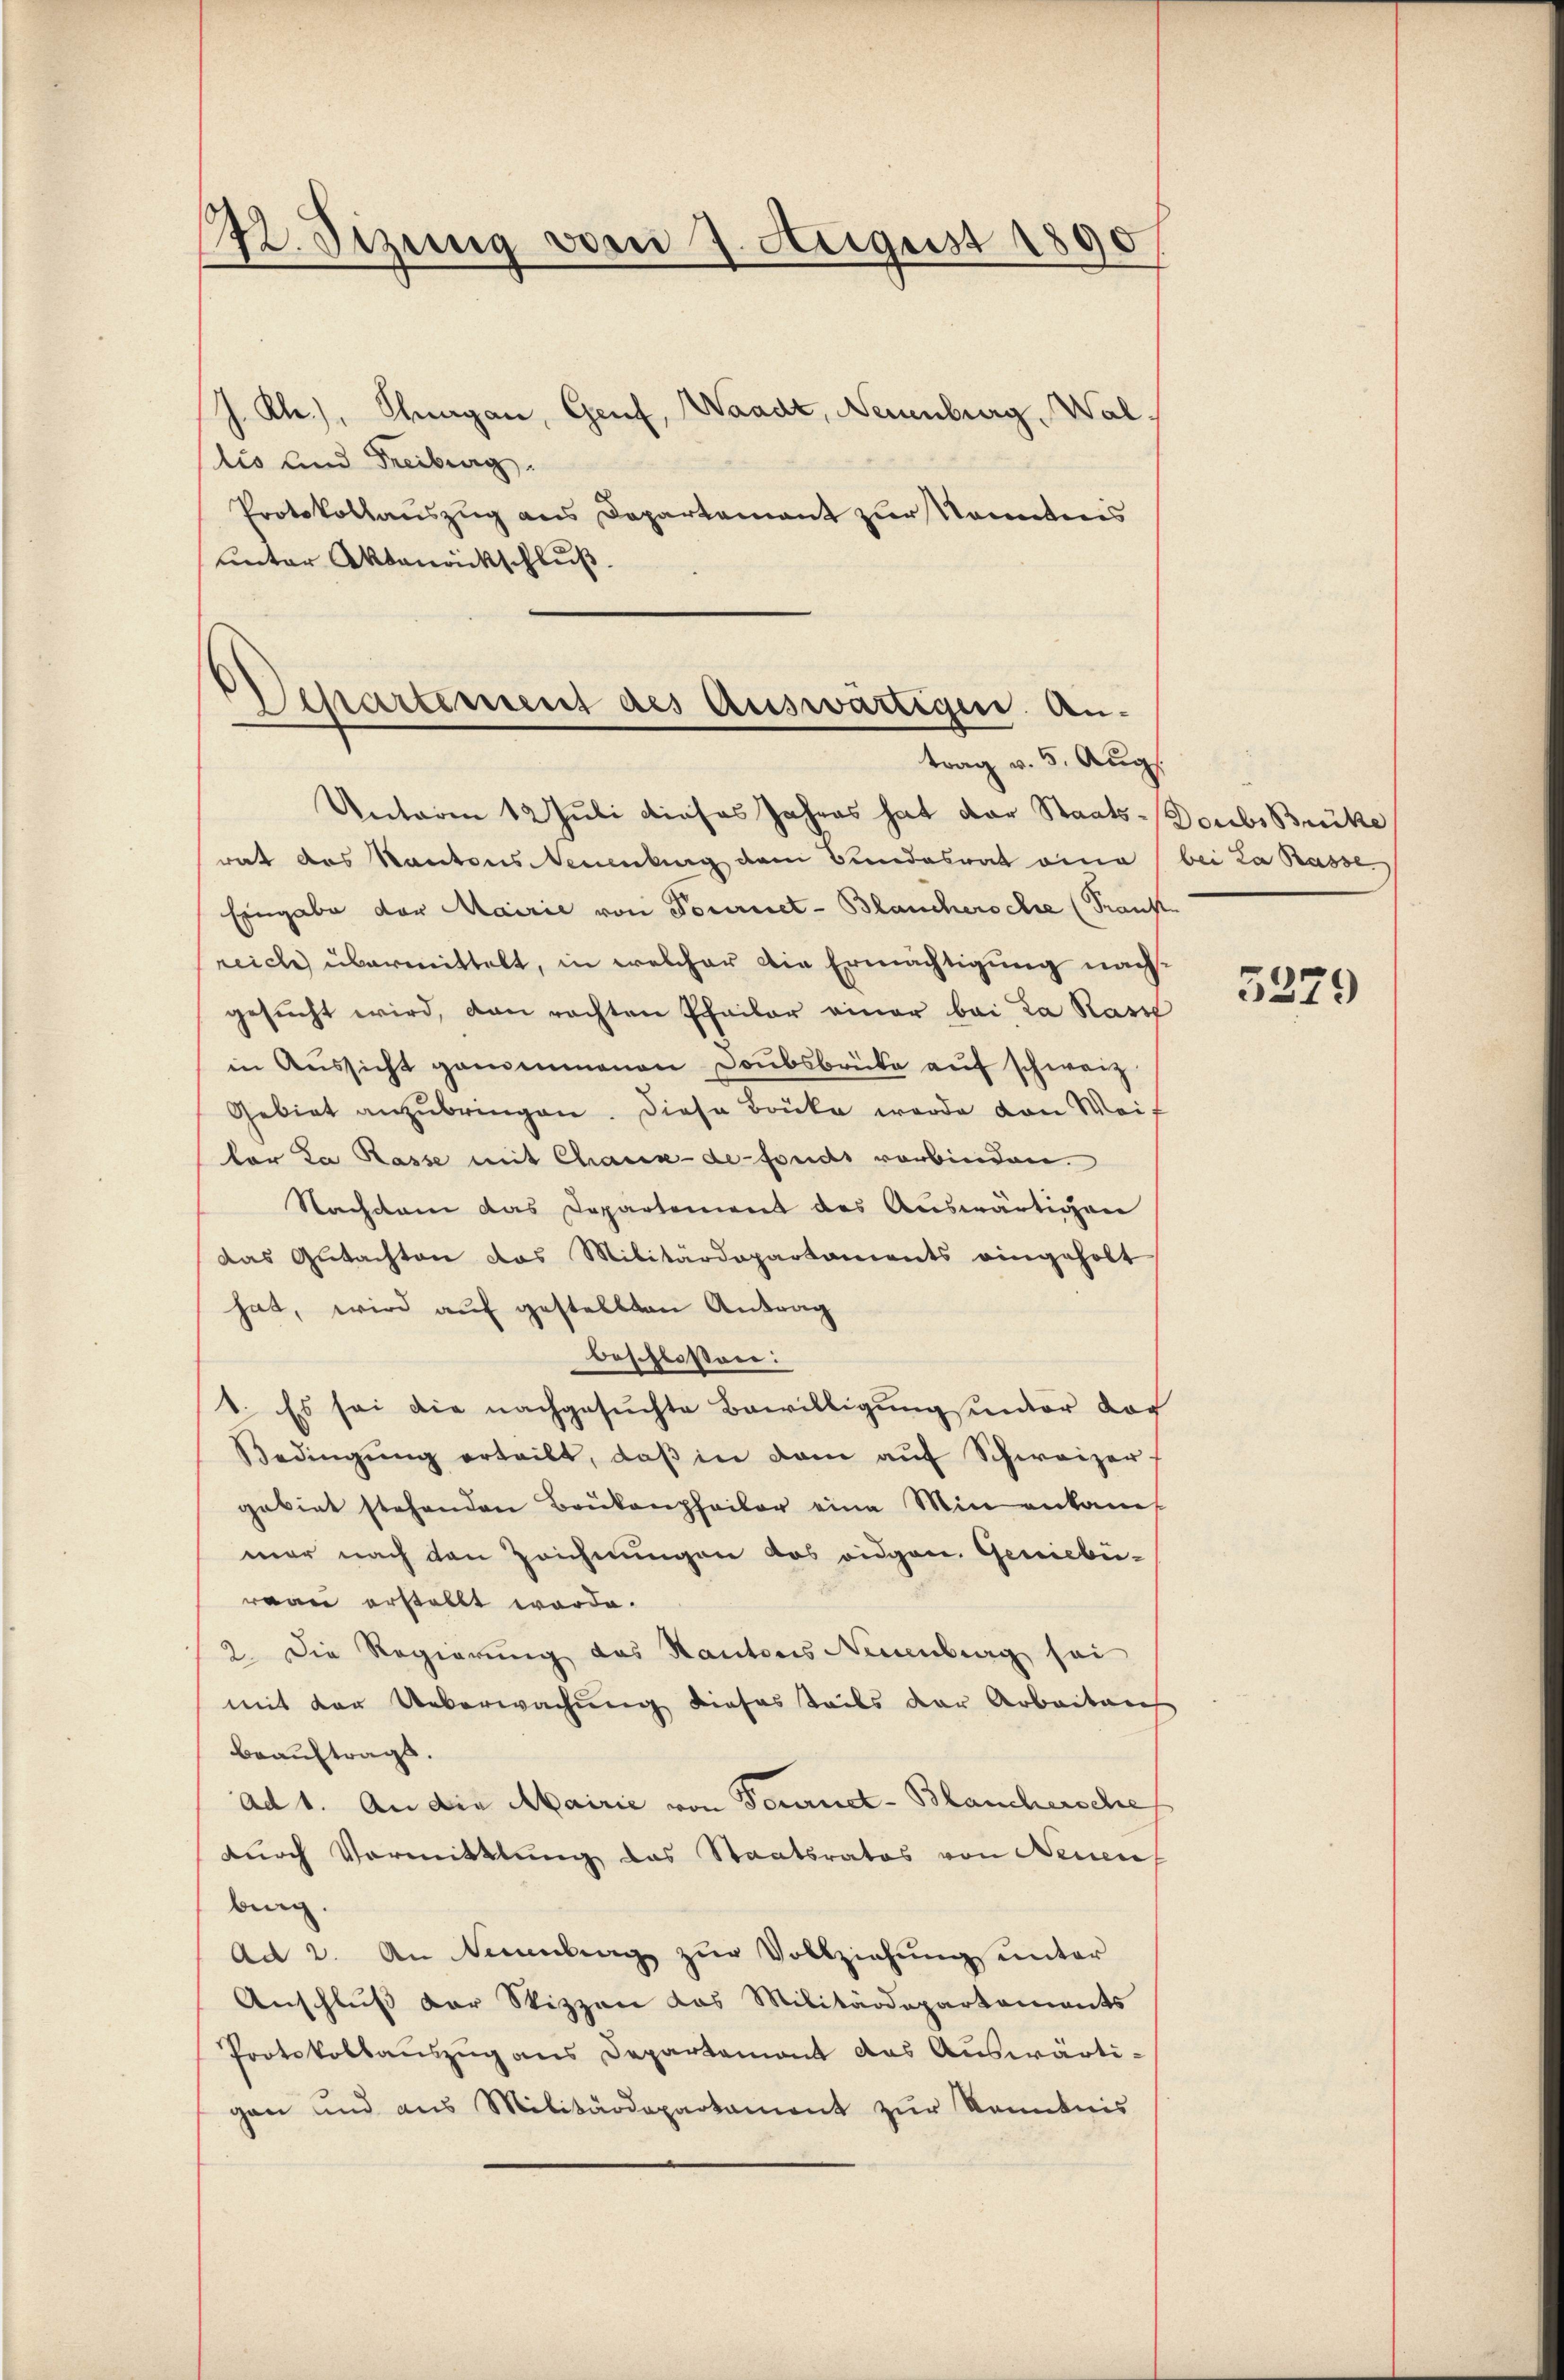
142. Sizung vom 1. August 1890

J. Kh.), Thurgau, Genf, Waadt, Neuenburg, Wallis und Freiburg.
Protokollauszug aus Departement zur Komitees
unter Aktenackschluß.

Separtement des Auswärtige An-
trag v. 5. Aug.

Unteren 12 Juli dieses Jahres hat der Staats-Doubs Brüke
rat das Kantons Neuenburg dem Bundesrat eine bei La Rasse
Eingabe der Mairie von Tourniet-Blanchersche (Transreich übermittelt, in welcher die Ermächtigung nachgesŭcht wird, dan rechten Phailer einer bei La Rasi
in Aŭssicht genommenen Doubsbrücke auf schweiz.
Gebiet anzŭbringen. Diese Brücke werde von Weif
lor la Rasse mit Chaux-de fonds verbinden.
Nachdem das Departement des Auswärtigen
Das Gutachten das Militärdepartaments eingeholt
hat, wird auf gestellten Antrag
beschloßen:
1. Es sei die nachgesuchte Bewilligungsunter doch
Bedingŭng erteilt, daβ in dem aŭf Schweizer
gebiet stehenden Brükenpfeiler eine Min ankamt
mer nach den Zeichnungen das eidgen. Geniebe-
ragen erstellt werde.
2. Die Regierung das Kantons Neuenburg sei
mit der Ueberwachung dieses teils der Arbeiten
beauftrags.
ad 1. An die Mairie von Feurnct-Blanchersche
durch Vormittlung das Staatsrates von Neuen
bung.
Ad 2. An Neuenburg zur Vollziehung unter
Anschlŭβ der Skizzen das Militärdepartements
Protokollauszug aus Departement das Auswärtigen und aus Militärdepartament zur Kenntnis

3379